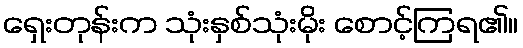
ရှေးတုန်းက သုံးနှစ်သုံးမိုး စောင့်ကြရ၏။